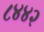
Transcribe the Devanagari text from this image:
८४४२